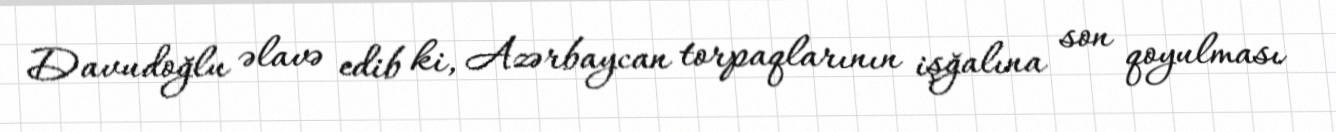
Davudoğlu əlavə edib ki, Azərbaycan torpaqlarının işğalına son qoyulması